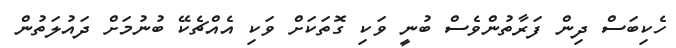
ހެކިބަސް ދިން ފަރާތުންވެސް ބުނީ ވަކި ގޮތަކަށް ވަކި އެއްޗެކޭ ބުނުމަށް ދައުލަތުން